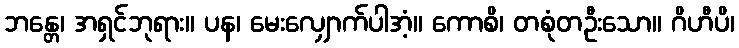
ဘန္တေ၊ အရှင်ဘုရား။ ပန၊ မေးလျှောက်ပါအံ့။ ကောစိ၊ တစုံတဦးသော။ ဂိဟီပိ၊